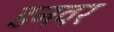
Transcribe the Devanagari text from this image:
डनवर